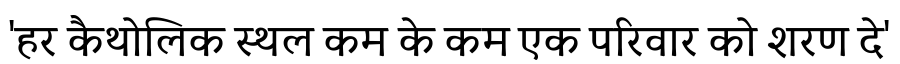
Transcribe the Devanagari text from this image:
'हर कैथोलिक स्थल कम के कम एक परिवार को शरण दे'